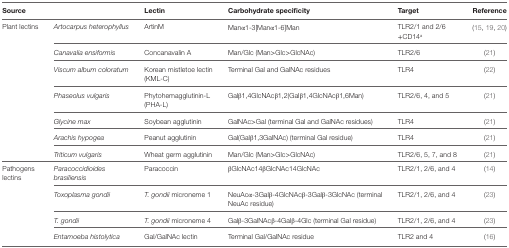
<table><thead><tr><td colspan="2"><b>Source</b></td><td><b>Lectin</b></td><td><b>Carbohydrate specificity</b></td><td><b>Target</b></td><td><b>Reference</b></td></tr></thead><tbody><tr><td rowspan="7">Plant lectins</td><td><i>Artocarpus heterophyllus</i></td><td>ArtinM</td><td>Manα1-3[Manα1-6]Man</td><td>TLR2/1 and 2/6 +CD14<sup>a</sup></td><td>(15, 19, 20)</td></tr><tr><td><i>Canavalia ensiformis</i></td><td>Concanavalin A</td><td>Man/Glc (Man&gt;Glc&gt;GlcNAc)</td><td>TLR2/6</td><td>(21)</td></tr><tr><td><i>Viscum album coloratum</i></td><td>Korean mistletoe lectin (KML-C)</td><td>Terminal Gal and GalNAc residues</td><td>TLR4</td><td>(22)</td></tr><tr><td><i>Phaseolus vulgaris</i></td><td>Phytohemagglutinin-L (PHA-L)</td><td>Galβ1,4GlcNAcβ1,2(Galβ1,4GlcNAcβ1,6Man)</td><td>TLR2/6, 4, and 5</td><td>(21)</td></tr><tr><td><i>Glycine max</i></td><td>Soybean agglutinin</td><td>GalNAc&gt;Gal (terminal Gal and GalNAc residues)</td><td>TLR4</td><td>(21)</td></tr><tr><td><i>Arachis hypogea</i></td><td>Peanut agglutinin</td><td>Gal(Galβ1,3GalNAc) (terminal Gal residue)</td><td>TLR4</td><td>(21)</td></tr><tr><td><i>Triticum vulgaris</i></td><td>Wheat germ agglutinin</td><td>Man/Glc (Man&gt;Glc&gt;GlcNAc)</td><td>TLR2/6, 5, 7, and 8</td><td>(21)</td></tr><tr><td rowspan="4">Pathogens lectins</td><td><i>Paracoccidioides brasiliensis</i></td><td>Paracoccin</td><td>βGlcNAc14βGlcNAc14GlcNAc</td><td>TLR2/1, 2/6, and 4</td><td>(14)</td></tr><tr><td><i>Toxoplasma gondii</i></td><td><i>T. gondii</i> microneme 1</td><td>NeuAcα-3Galβ-4GlcNAcβ-3Galβ-3GlcNAc (terminal NeuAc residue)</td><td>TLR2/1, 2/6, and 4</td><td>(23)</td></tr><tr><td><i>T. gondii</i></td><td><i>T. gondii</i> microneme 4</td><td>Galβ-3GalNAcβ-4Galβ-4Glc (terminal Gal residue)</td><td>TLR2/1, 2/6, and 4</td><td>(23)</td></tr><tr><td><i>Entamoeba histolytica</i></td><td>Gal/GalNAc lectin</td><td>Terminal Gal/GalNAc residue</td><td>TLR2 and 4</td><td>(16)</td></tr></tbody></table>